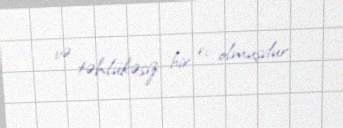
və təhlükəsiz bir ev olmuşdur.